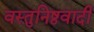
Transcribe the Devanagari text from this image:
वस्तुनिष्ठवादी